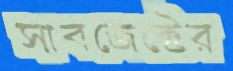
সাবজেক্টের